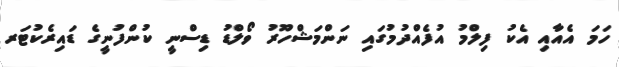
ހަމަ އެއާއި އެކު ފިލްމު އުފެއްދުމުގައި ނަންމަޝްހޫރު ވޯލްޑު ޑިސްނީ ކުންފުނީގެ ޑައިރެކުޓަރ